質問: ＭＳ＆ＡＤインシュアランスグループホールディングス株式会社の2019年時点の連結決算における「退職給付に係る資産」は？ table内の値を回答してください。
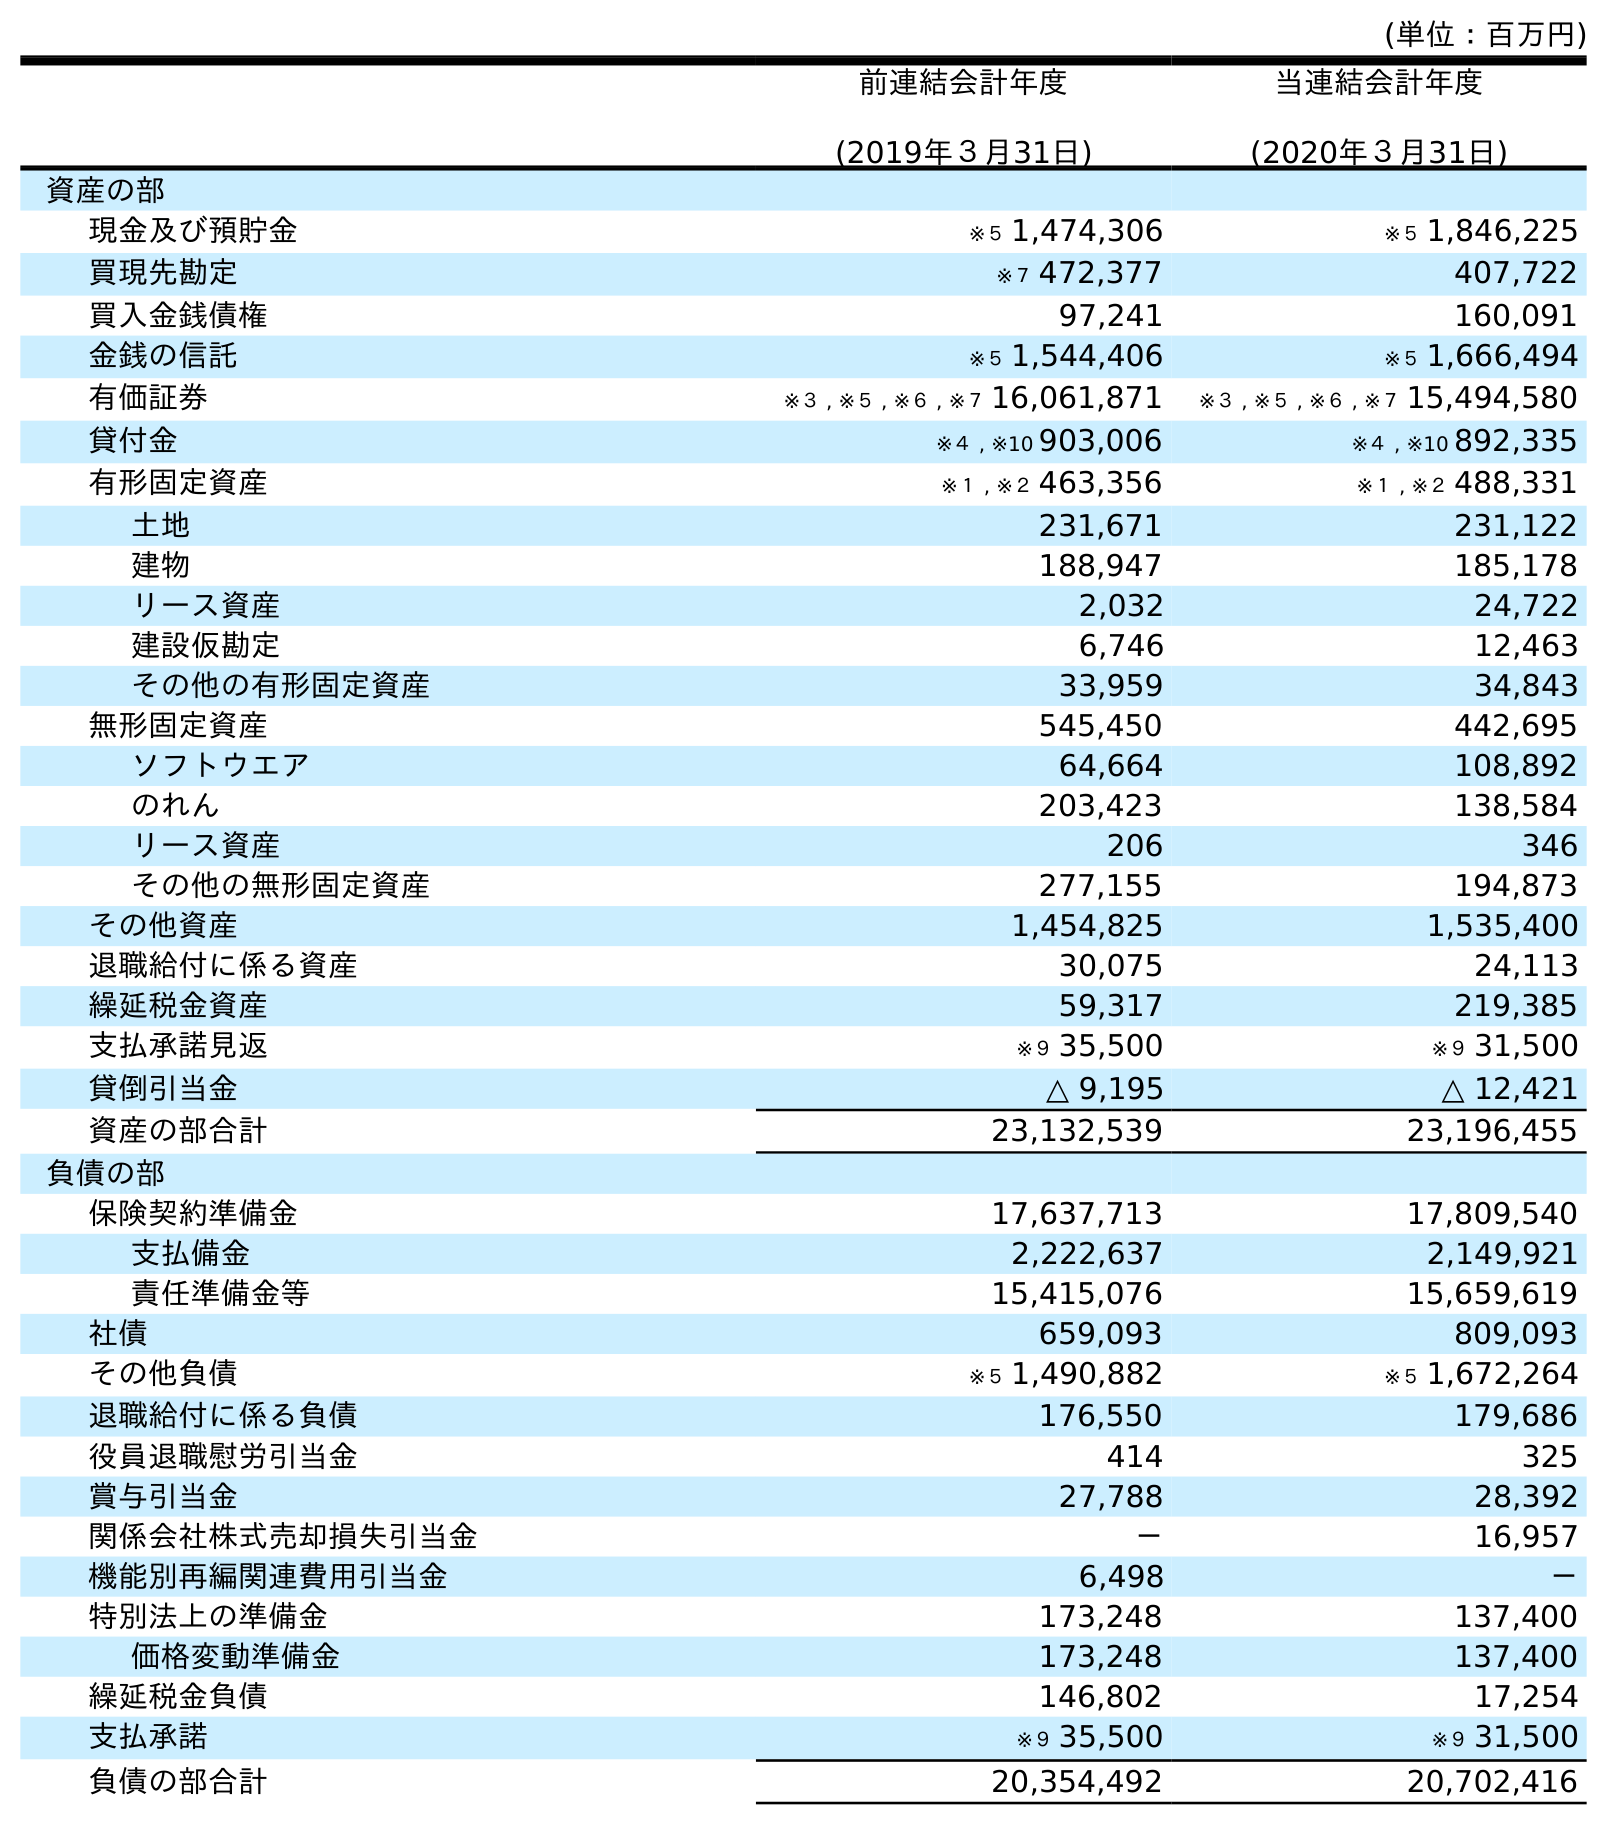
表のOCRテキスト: (単位：百万円) 前連結会計年度 (2019年３月31日) 当連結会計年度 (2020年３月31日) 資産の部 現金及び預貯金 ※５ 1,474,306 ※５ 1,846,225 買現先勘定 ※７ 472,377 407,722 買入金銭債権 97,241 160,091 金銭の信託 ※５ 1,544,406 ※５ 1,666,494 有価証券 ※３ , ※５ , ※６ , ※７ 16,061,871 ※３ , ※５ , ※６ , ※７ 15,494,580 貸付金 ※４ , ※10 903,006 ※４ , ※10 892,335 有形固定資産 ※１ , ※２ 463,356 ※１ , ※２ 488,331 土地 231,671 231,122 建物 188,947 185,178 リース資産 2,032 24,722 建設仮勘定 6,746 12,463 その他の有形固定資産 33,959 34,843 無形固定資産 545,450 442,695 ソフトウエア 64,664 108,892 のれん 203,423 138,584 リース資産 206 346 その他の無形固定資産 277,155 194,873 その他資産 1,454,825 1,535,400 退職給付に係る資産 30,075 24,113 繰延税金資産 59,317 219,385 支払承諾見返 ※９ 35,500 ※９ 31,500 貸倒引当金 △ 9,195 △ 12,421 資産の部合計 23,132,539 23,196,455 負債の部 保険契約準備金 17,637,713 17,809,540 支払備金 2,222,637 2,149,921 責任準備金等 15,415,076 15,659,619 社債 659,093 809,093 その他負債 ※５ 1,490,882 ※５ 1,672,264 退職給付に係る負債 176,550 179,686 役員退職慰労引当金 414 325 賞与引当金 27,788 28,392 関係会社株式売却損失引当金 － 16,957 機能別再編関連費用引当金 6,498 － 特別法上の準備金 173,248 137,400 価格変動準備金 173,248 137,400 繰延税金負債 146,802 17,254 支払承諾 ※９ 35,500 ※９ 31,500 負債の部合計 20,354,492 20,702,416
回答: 30,075